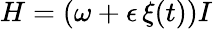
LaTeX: H=(\omega+\epsilon\, \xi(t))I